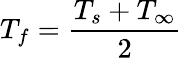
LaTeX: {{T}_{f}}={\frac{{{T}_{s}}+{{T}_{\infty}}}{2}}